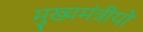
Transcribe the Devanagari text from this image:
मुख्यमंत्रीयों